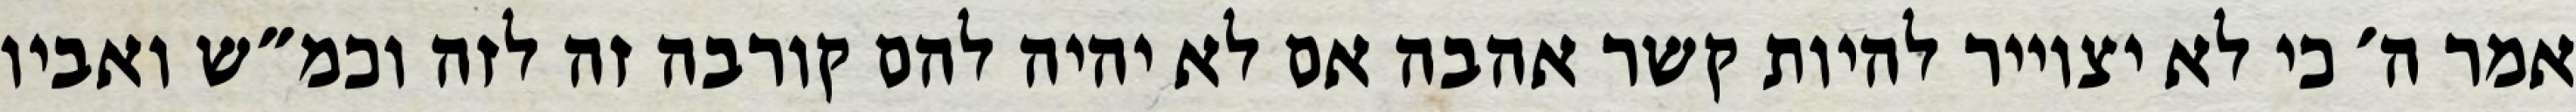
אמר ה׳ כי לא יצוייר להיות קשר אהבה אם לא יהיה להם קורבה זה לזה וכמ״ש ואביו